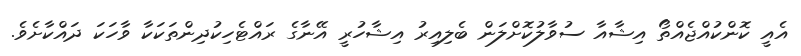
އެއީ ކޮންކުއްޖެއްތޯ އިޝާއާ ސުވާލުކޮށްލަން ބެލިއިރު އިޝާހުރީ އޭނާގެ ރައްޓެހިކުދިންތަކަކާ ވާހަކަ ދައްކާށެވެ.